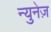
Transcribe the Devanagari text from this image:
न्युनेज़